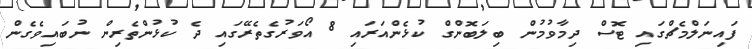
ފައިނަލްމެޗްގައި ޓޮސް ދިމާވުމުން ބިލަބޮންގް ކުޅެންއަރައި 8 އޯވަރުގެތެރޭގައި ދެ ކުޅުންތެރިން ނުބައިވެގެން